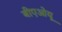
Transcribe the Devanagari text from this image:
बीएओयू